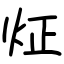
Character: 炡